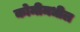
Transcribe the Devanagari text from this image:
कोमीमधील